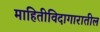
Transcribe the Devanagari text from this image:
माहितीविदागारातील